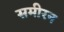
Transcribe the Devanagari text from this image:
समीरन